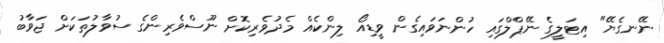
ނޭނގެޔޭ" އިޓަލީގެ ނޭޕްލްގައި ހުންނަވައިގެން ވީޑިއޯ ލިންކެއް މެދުވެރިކޮށް ނޫސްވެރިންގެ ސުވާލުތަކަށް ޖަވާބު